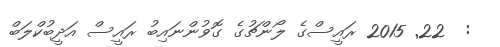
:  22